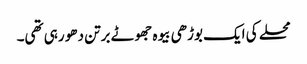
محلے کی ایک بوڑھی بیوہ جھوٹے برتن دھو رہی تھی۔